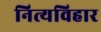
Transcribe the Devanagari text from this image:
नित्यविहार